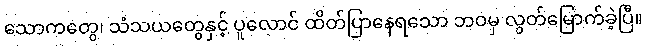
သောကတွေ၊ သံသယတွေနှင့် ပူလောင် ထိတ်ပြာနေရသော ဘဝမှ လွတ်မြောက်ခဲ့ပြီ။